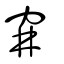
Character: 穽